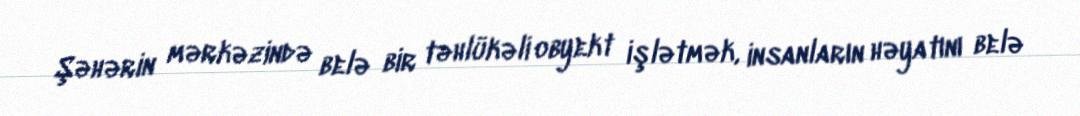
Şəhərin mərkəzində belə bir təhlükəli obyekt işlətmək, insanların həyatını belə